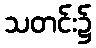
သတင်း၌